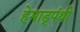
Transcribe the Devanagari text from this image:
हेमाड्पंथी